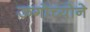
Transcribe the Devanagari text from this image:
ऊगोच्योने